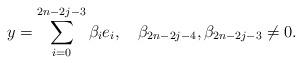
LaTeX: \begin{align*} y= \sum_{i=0}^{2n-2j-3}\beta_{i}e_{i},\quad\beta_{2n-2j-4},\beta_{2n-2j-3}\neq 0. \end{align*}